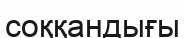
соққандығы